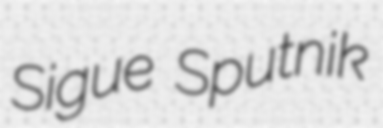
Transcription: Sigue Sputnik